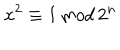
x ^ { 2 } \equiv 1 \, { \mathrm m o d } \, 2 ^ { n }